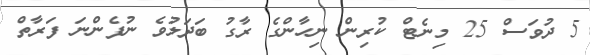
5 ދުވަސް 25 މިނެޓް ކުރިން ނިހާންގެ ރާގު ބަދަލުވެ ނުފެންނަ ފަރާތް